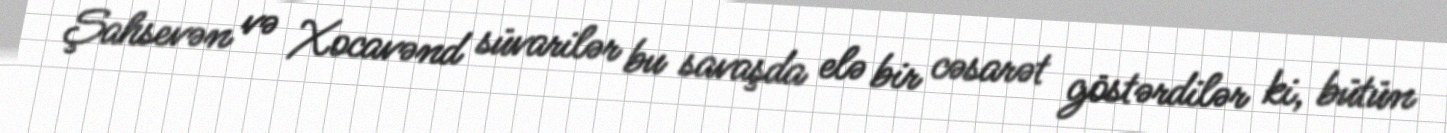
Şahsevən və Xocavənd süvarilər bu savaşda elə bir cəsarət göstərdilər ki, bütün